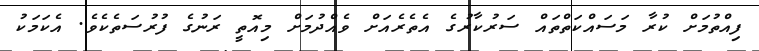
ފިއްތުމަށް ކުރާ މަސައްކަތްތައް ސަރުކާރުގެ އެތެރެއަށް ވެއްދުމަށް މިއޮތީ ރަނުގެ ފުރުސަތެކެވެ. އެކަމަކު